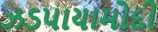
ઝડપાયામોદી